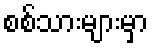
စစ်သားများမှာ